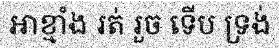
អាខ្មាំង រត់ រួច ទើប ទ្រង់